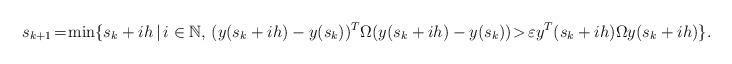
LaTeX: \begin{align*}s_{k+1}\!=\!\min\{s_k+ih\,|\,i\in\mathbb{N},\,(y(s_k+ih)-y(s_k))^T\Omega(y(s_k+ih)-y(s_k))\!>\!\varepsilon y^T(s_k+ih)\Omega y(s_k+ih)\}.\end{align*}